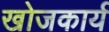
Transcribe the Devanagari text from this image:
खोजकार्य